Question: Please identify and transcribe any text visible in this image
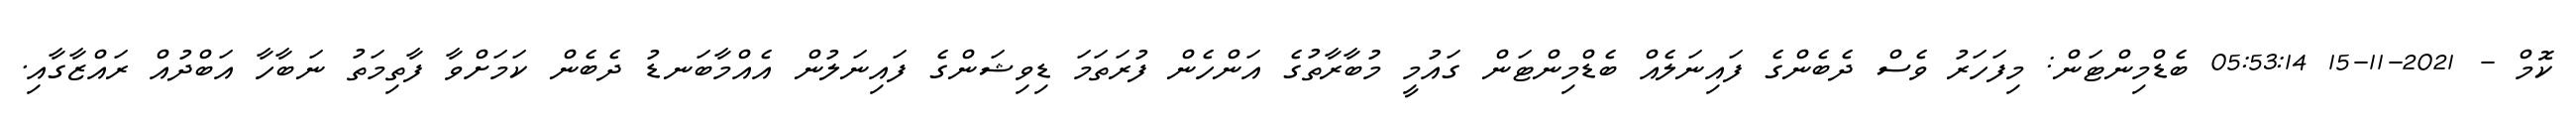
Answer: ކޮމް - 2021-11-15 05:53:14 ބެޑްމިންޓަން: މިފަހަރު ވެސް ދެބެންގެ ފައިނަލެއް ބެޑްމިންޓަން ގައުމީ މުބާރާތުގެ އަންހެން ފުރަތަމަ ޑިވިޝަންގެ ފައިނަލުން އެއްމާބަނޑު ދެބެން ކަމަށްވާ ފާތިމަތު ނަބާހާ އަބްދުއް ރައްޒާގާއި.